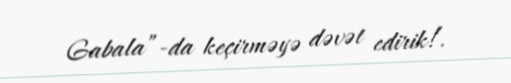
Gabala”-da keçirməyə dəvət edirik!.